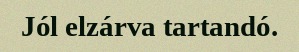
Jól elzárva tartandó.